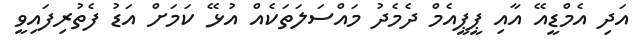
އަދި އެމްޑީއޭ އާއި ޕީޕީއެމް ދެމެދު މައްސަލަތަކެއް އުޅޭ ކަމަށް އަޑު ފެތުރިފައިވީ